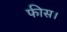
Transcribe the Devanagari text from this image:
फीस।